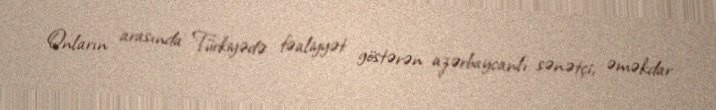
Onların arasında Türkiyədə fəaliyyət göstərən azərbaycanlı sənətçi, əməkdar